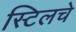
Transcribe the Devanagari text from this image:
स्टिलचे